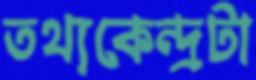
তথ্যকেন্দ্রটা